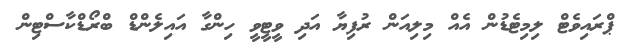
ޕްރައިވެޓް ލިމިޓެޑުން އެއް މިލިއަން ރުފިޔާ އަދި ވީޓީވީ ހިންގާ އައިލެންޑް ބްރޯޑްކާސްޓިން